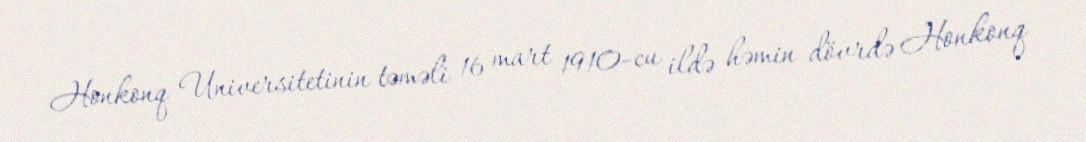
Honkonq Universitetinin təməli 16 mart 1910-cu ildə həmin dövrdə Honkonq